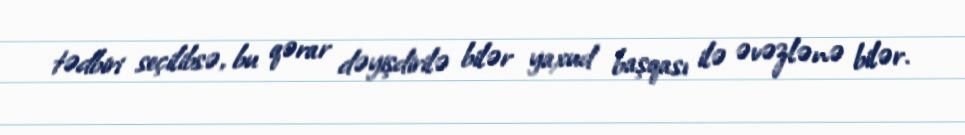
tədbiri seçilibsə, bu qərar dəyişdirilə bilər yaxud başqası ilə əvəzlənə bilər.